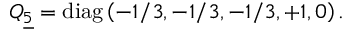
Q _ { \underline { { { 5 } } } } = \mathrm { d i a g } \left( - 1 / 3 , - 1 / 3 , - 1 / 3 , + 1 , 0 \right) .